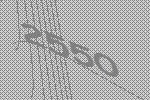
2550